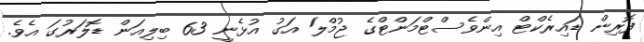
ފޮރިން ޑައިރެކްޓް އިންވެސްޓްމަންޓްގެ ޖުމްލަ އަގު އުޅެނީ 63 ބިލިއަން ޑޮލަރުގަ އެވެ.